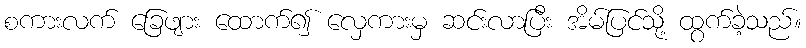
စကားလက် ခြေဖျား ထောက်၍ လှေကားမှ ဆင်းလာပြီး အိမ်ပြင်သို့ ထွက်ခဲ့သည်။